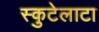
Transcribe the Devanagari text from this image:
स्कुटेलाटा